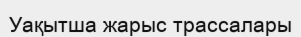
Уақытша жарыс трассалары